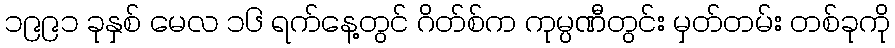
၁၉၉၁ ခုနှစ် မေလ ၁၆ ရက်နေ့တွင် ဂိတ်စ်က ကုမ္ပဏီတွင်း မှတ်တမ်း တစ်ခုကို